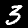
Label: 3